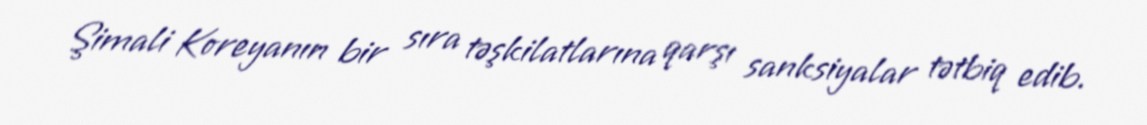
Şimali Koreyanın bir sıra təşkilatlarına qarşı sanksiyalar tətbiq edib.